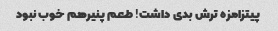
پیتزامزه ترش بدی داشت! طعم پنیرهم خوب نبود